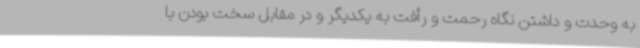
به وحدت و داشتن نگاه رحمت و رأفت به یکدیگر و در مقابل سخت بودن با